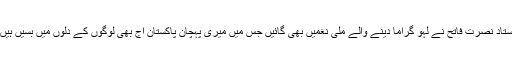
استاد نصرت فاتح نے لہو گراما دینے والے ملی نغمیں بھی گائیں جس میں میری پہچان پاکستان آج بھی لوگوں کے دلوں میں بسیں ہیں۔